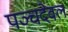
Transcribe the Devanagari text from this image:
पञ्चदेवल